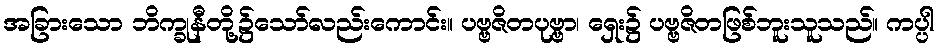
အခြားသော ဘိက္ခုနီတို့၌သော်လည်းကောင်း။ ပဗ္ဗဇိတပုဗ္ဗာ၊ ရှေး၌ ပဗ္ဗဇိတဖြစ်ဘူးသူသည်။ ကပ္ပါ